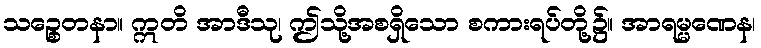
သဉ္စေတနာ။ ဣတိ အာဒီသု၊ ဤသို့အစရှိသော စကားရပ်တို့၌။ အာရမ္မဏေန၊